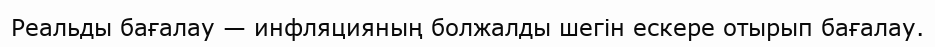
Реальды бағалау — инфляцияның болжалды шегін ескере отырып бағалау.